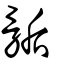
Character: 骺